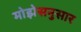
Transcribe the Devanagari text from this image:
मोझेसनुसार